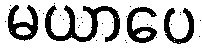
မယာပေ